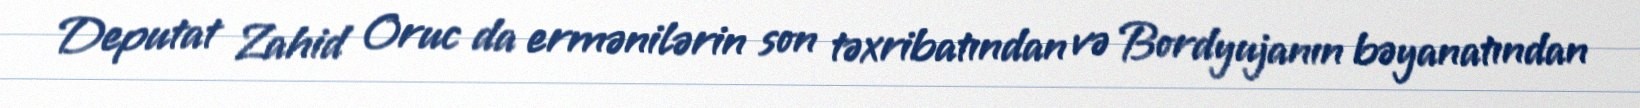
Deputat Zahid Oruc da ermənilərin son təxribatından və Bordyujanın bəyanatından